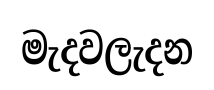
මැදවලැදන